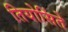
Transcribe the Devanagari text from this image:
तियोसिंते